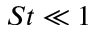
S t \ll 1